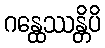
ဂန္ထေဿန္တိပိ